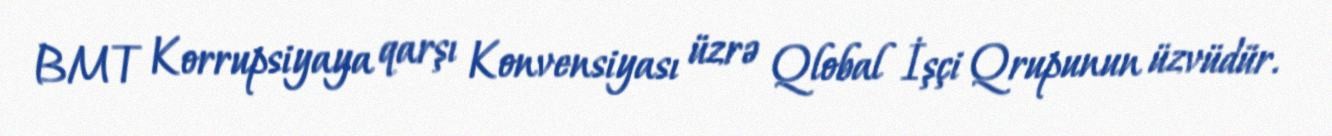
BMT Korrupsiyaya qarşı Konvensiyası üzrə Qlobal İşçi Qrupunun üzvüdür.